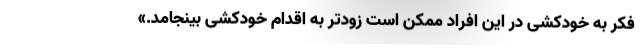
فکر به خودکشی در این افراد ممکن است زودتر به اقدام خودکشی بینجامد.»